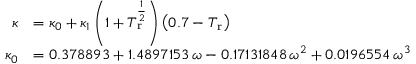
{ \begin{array} { r l } { \kappa } & { = \kappa _ { 0 } + \kappa _ { 1 } \left( 1 + T _ { \mathrm { r } } ^ { \frac { 1 } { 2 } } \right) \left( 0 . 7 - T _ { \mathrm { r } } \right) } \\ { \kappa _ { 0 } } & { = 0 . 3 7 8 8 9 3 + 1 . 4 8 9 7 1 5 3 \, \omega - 0 . 1 7 1 3 1 8 4 8 \, \omega ^ { 2 } + 0 . 0 1 9 6 5 5 4 \, \omega ^ { 3 } } \end{array} }